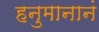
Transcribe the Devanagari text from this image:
हनुमानानं